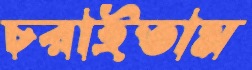
চরাইতাম